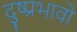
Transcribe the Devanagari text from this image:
दुष्प्रभावो